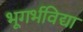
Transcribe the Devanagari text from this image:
भूगर्भविद्या